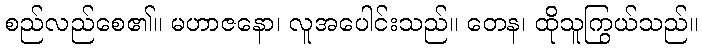
စည်လည်စေ၏။ မဟာဇနော၊ လူအပေါင်းသည်။ တေန၊ ထိုသူကြွယ်သည်။